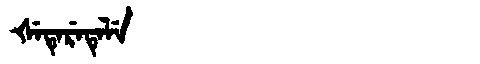
Manchu: ᡧᡝᡨᡝᡵᡝᡨᡝᠯᡝ
Romanization: ŠETERETELE